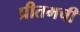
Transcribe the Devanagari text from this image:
प्रीतमची